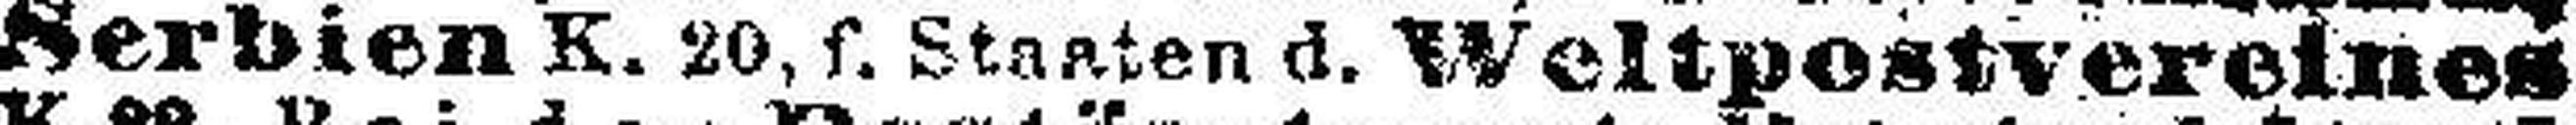
Serbien K. 20, f. Staaten d. Weltpostvereines